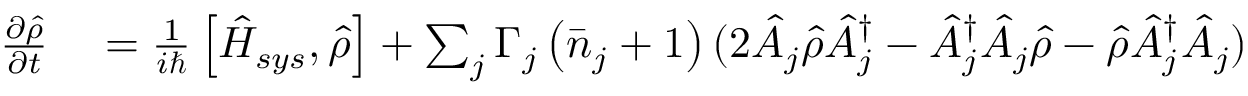
\begin{array} { r l } { { \frac { \partial \hat { \rho } } { \partial t } } } & { { } = \frac { 1 } { i \hbar } \left[ \hat { H } _ { s y s } , \hat { \rho } \right] + \sum _ { j } \Gamma _ { j } \left( \bar { n } _ { j } + 1 \right) ( 2 \hat { A } _ { j } \hat { \rho } \hat { A } _ { j } ^ { \dagger } - \hat { A } _ { j } ^ { \dagger } \hat { A } _ { j } \hat { \rho } - \hat { \rho } \hat { A } _ { j } ^ { \dagger } \hat { A } _ { j } ) \, \, } \end{array}